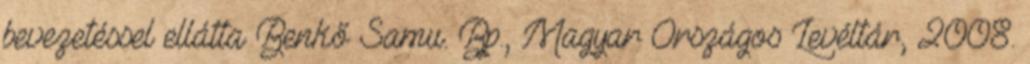
bevezetéssel ellátta Benkő Samu. Bp., Magyar Országos Levéltár, 2008.